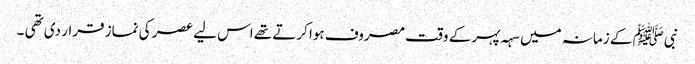
نبیﷺ کے زمانہ میں سہہ پہر کے وقت مصروف ہوا کرتے تھے اس لیے عصر کی نماز قرار دی تھی ۔